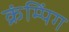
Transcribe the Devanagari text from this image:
क्रंम्पिंग